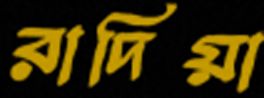
রাদিয়া